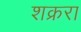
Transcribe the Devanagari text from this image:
शक्ररा